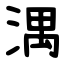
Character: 湡